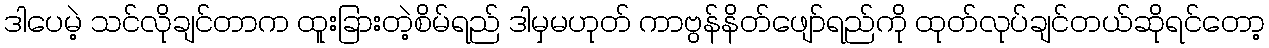
ဒါပေမဲ့ သင်လိုချင်တာက ထူးခြားတဲ့စိမ်ရည် ဒါမှမဟုတ် ကာဗွန်နိတ်ဖျော်ရည်ကို ထုတ်လုပ်ချင်တယ်ဆိုရင်တော့